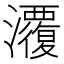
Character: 𭳱